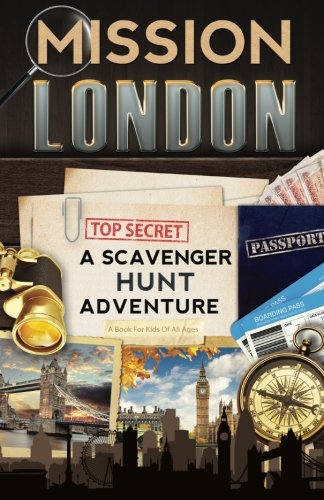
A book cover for Mission London: A Scavenger Hunt Adventure (Travel Book For Kids); Catherine Aragon; Travel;